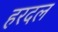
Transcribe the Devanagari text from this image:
हरदल